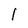
Character: 1